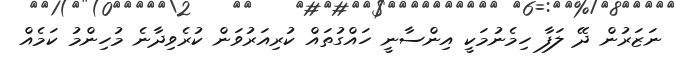
ނަޒަރުން ދޭ ލަފާ ހިމެނުމަކީ އިންސާނީ ހައްގުތައް ކުރިއަރުވަން ކުރެވިދާނެ މުހިންމު ކަމެއް